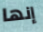
إنها